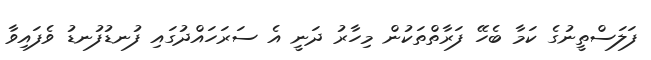
ފަލަސްތީނުގެ ކަމާ ބެހޭ ފަރާތްތަކުން މިހާރު ދަނީ އެ ސަރަހައްދުގައި ފުނޑުފުނޑު ވެފައިވާ